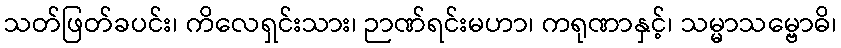
သတ်ဖြတ်ခပင်း၊ ကိလေရှင်းသား၊ ဉာဏ်ရင်းမဟာ၊ ကရုဏာနှင့်၊ သမ္မာသမ္ဗောဓိ၊